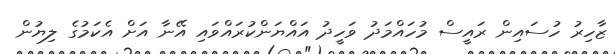
ޒާހިރު ހުސައިން ރައީސް މުހައްމަދު ވަހީދު އައްޔަންކުރައްވައި އޭނާ އަށް އެކަމުގެ ލިޔުން